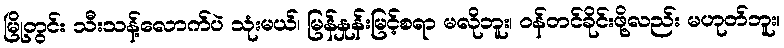
မြို့တွင်း သီးသန့်လောက်ပဲ သုံးမယ်၊ မြန်နှုန်းမြင့်စရာ မလိုဘူး၊ ဝန်တင်ခိုင်းဖို့လည်း မဟုတ်ဘူး၊